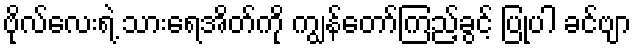
ဗိုလ်လေးရဲ့ သားရေအိတ်ကို ကျွန်တော်ကြည့်ခွင့် ပြုပါ ခင်ဗျာ